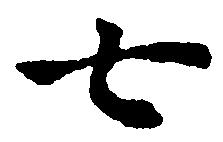
七